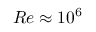
R e \approx 1 0 ^ { 6 }